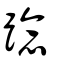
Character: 踗